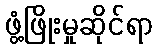
ဖွံ့ဖြိုးမှုဆိုင်ရာ